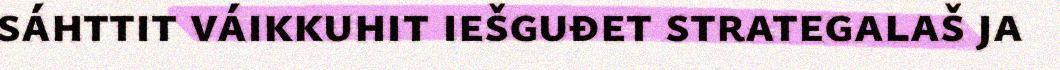
sáhttit váikkuhit iešguđet strategalaš ja